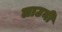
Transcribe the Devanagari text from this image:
लाउनी